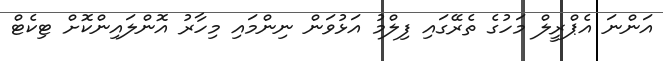
އަންނަ އެޕްރީލް މަހުގެ ތެރޭގައި ފިލްމު އަޅުވަން ނިންމައި މިހާރު އޮންލައިންކޮށް ޓިކެޓް